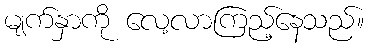
မျက်နှာကို လေ့လာကြည့်နေသည်။